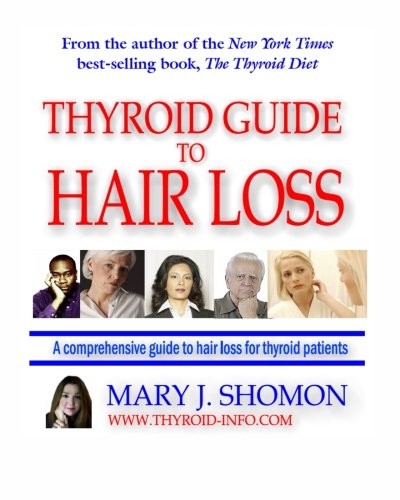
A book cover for Thyroid Guide To Hair Loss: Conventional And Holistic Help For People Suffering Thyroid-Related Hair Loss; Mary J. Shomon; Health, Fitness & Dieting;